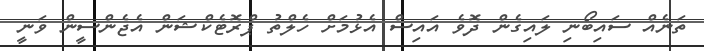
ތަނެއް ސައިބޯނި ލައިގެން ދޮވެ އައިސް އެޅުމަށް ހެލްތު ޕްރޮޓެކްޝަން އެޖެންސީން ވަނީ